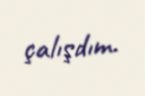
çalışdım.